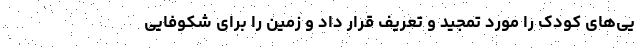
یی‌های کودک را مورد تمجید و تعریف قرار داد و زمین را برای شکوفایی